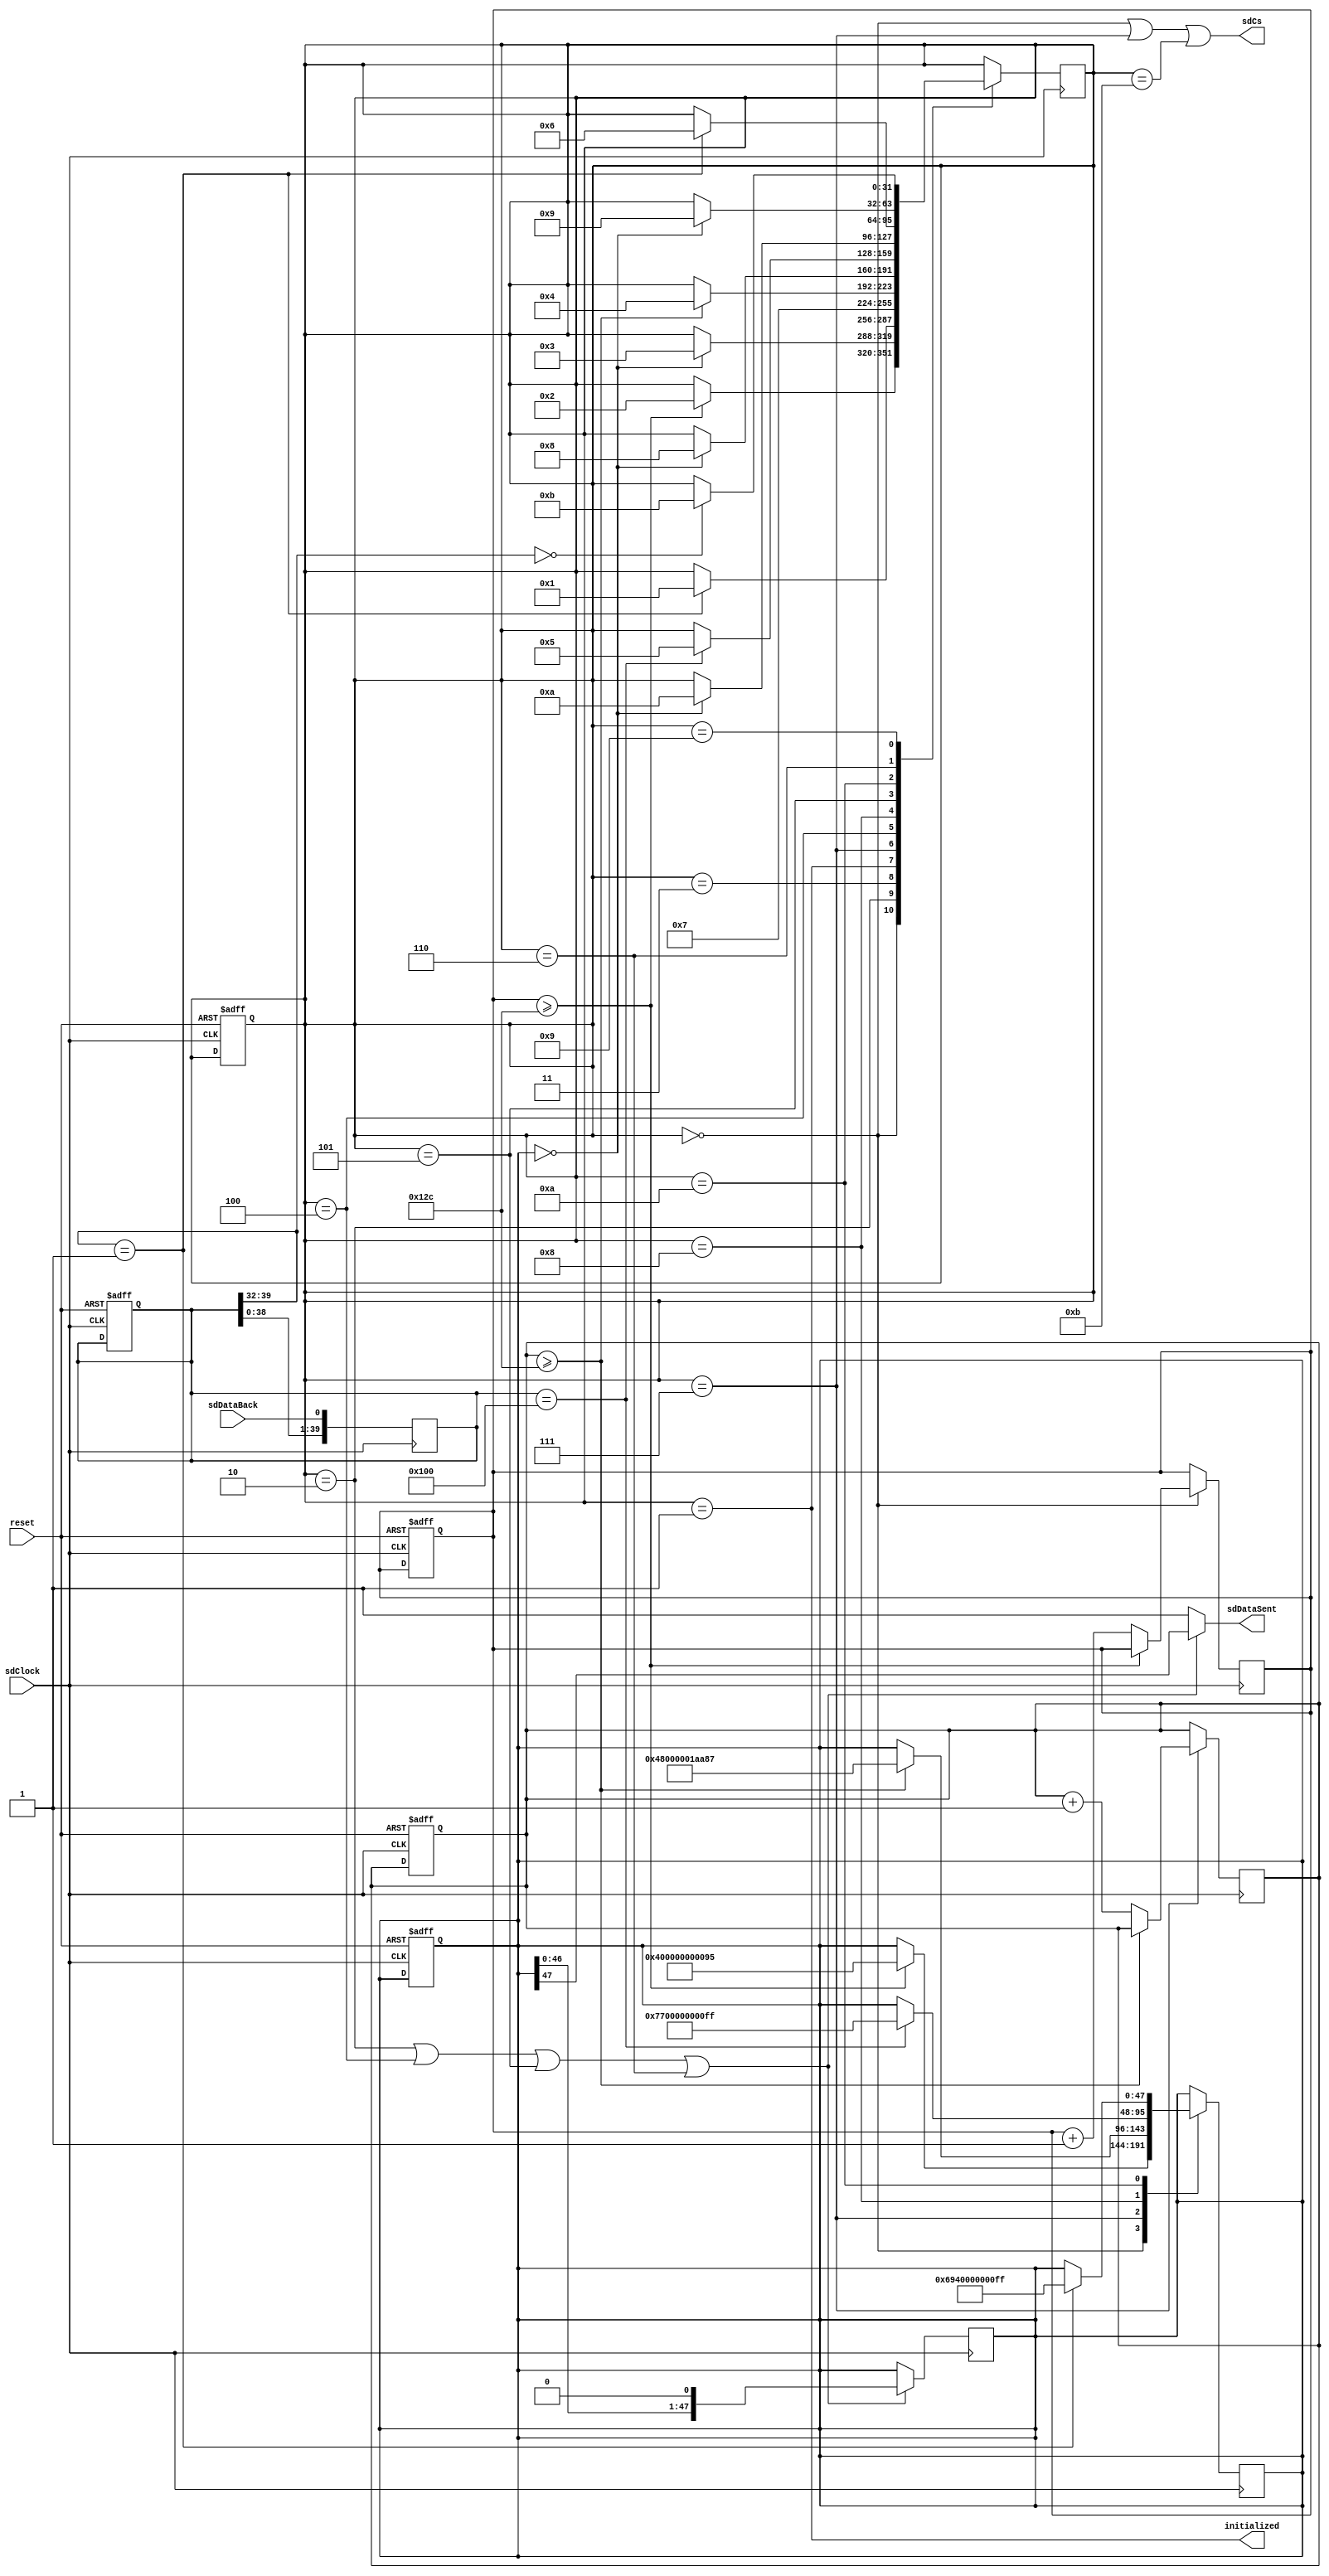
`timescale 1ns / 1ps
//////////////////////////////////////////////////////////////////////////////////
// Company: 
// Engineer: 
// 
// Design Name: 
// Module Name: SDInit
// Project Name: 
// Target Devices: 
// Tool Versions: 
// Description: 
// 
// Dependencies: 
// 
// Revision:
// Revision 0.01 - File Created
// Additional Comments:
// 
//////////////////////////////////////////////////////////////////////////////////


module SDInit(
    input reset,
    input sdClock,
    
    input sdDataBack, // sd
    output sdCs, // sd
    output sdDataSent, // sd
    output initialized
);

localparam cmd0 = {8'h40,8'h00,8'h00,8'h00,8'h00,8'h95};
localparam cmd8 = {8'h48,8'h00,8'h00,8'h01,8'haa,8'h87}; 
localparam cmd55 = {8'h77,8'h00,8'h00,8'h00,8'h00,8'hff};
localparam acmd41 = {8'h69,8'h40,8'h00,8'h00,8'h00,8'hff};


localparam sd_delay = 32'd0;
localparam sd_idle = 32'd1;
localparam send_cmd0 = 32'd2;
localparam wait_sd_01 = 32'd3;
localparam send_cmd8 = 32'd4;
localparam send_cmd55 = 32'd5;
localparam send_acmd41 = 32'd6;
localparam sd_middle_delay = 32'd7;
localparam wait_sd_5Bytes = 32'd8;
localparam wait_sd_00_for_acmd41 = 32'd9;
localparam wait_sd_01_for_cmd55 = 32'd10;
localparam initialize_complete = 32'd11;

reg [47:0] commandSend; // 
reg [39:0] commandBack; // 40R35
reg [31:0] state;


/// 
reg [31:0] delayCount;
reg [31:0] middleDelayCount;
wire isSendingCommand;

/// sdDataSentcommandSent
assign isSendingCommand = state == send_cmd0 | state == send_cmd8 | state == send_cmd55 | state == send_acmd41;
assign sdDataSent = isSendingCommand ? commandSend[47] : 1'b1;

always @(negedge sdClock) begin
    if (isSendingCommand)
        commandSend <= {commandSend[46:0], 1'b0}; // 
    else commandSend <= commandSend;
end


/// sdDataBackcommandBack
always @(negedge sdClock) begin
    commandBack <= {commandBack[38:0], sdDataBack};
end


/// 
always @(negedge sdClock) begin
    case (state)
    sd_delay: begin
        if (delayCount >= 300) begin
            state <= send_cmd0;
            commandSend <= cmd0; // commandSentcmd0
        end else begin
            delayCount <= delayCount + 1;
            state <= state;

        end
    end
    send_cmd0: begin
        // commandSent0
        if (commandSend == 48'd0) state <= wait_sd_01;
        else state <= state;
    end
    wait_sd_01: begin
        if (commandBack[39:32] == 8'h01) state <= sd_idle;
        else state <= state;
    end
    sd_idle: begin
        state <= sd_middle_delay;
    end
    sd_middle_delay: begin
        if (middleDelayCount >= 300) begin
            commandSend <= cmd8;
            state <= send_cmd8;
        end else begin
            middleDelayCount <= middleDelayCount + 1;
            state <= state;
        end
    end
    send_cmd8: begin
        if (commandSend == 48'd0) state <= wait_sd_5Bytes;
        else state <= state;
    end
    wait_sd_5Bytes: begin
        if (commandBack == 40'h00_00_00_01_00) begin
            commandSend <= cmd55;
            state <= send_cmd55;
        end else state <= state;
    end
    send_cmd55: begin
        if (commandSend == 48'd0) state <= wait_sd_01_for_cmd55;
        else state <= state;
    end
    wait_sd_01_for_cmd55: begin
        if (commandBack[39:32] == 8'h01) begin
            commandSend <= acmd41;
            state <= send_acmd41;
        end else state <= state;
    end
    send_acmd41: begin
        if (commandSend == 48'd0) state <= wait_sd_00_for_acmd41;
        else state <= state;
    end
    wait_sd_00_for_acmd41: begin
        if (commandBack[39:32] == 8'h00) begin
            state <= initialize_complete;
        end else state <= state;
    end
    endcase
end

assign initialized = state == sd_idle;


/// 
assign sdCs = state == sd_delay | state == sd_middle_delay | state == initialize_complete;


/// 
always @(negedge sdClock or posedge reset) begin
   if (reset) begin
        commandSend = 48'd0;
        commandBack = 40'd0;
        state = sd_delay;
        delayCount = 32'd0;
        middleDelayCount = 32'd0;
   end
end

endmodule